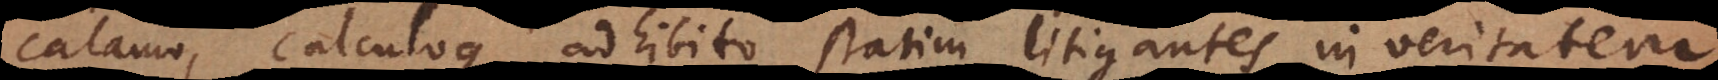
calamo, calculoque adhibito statim litigantes in veritatem